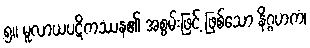
၅။ မူလာယပဋိကဿန၏ အစွမ်းဖြင့် ဖြစ်သော နိဂ္ဂဟကံ၊